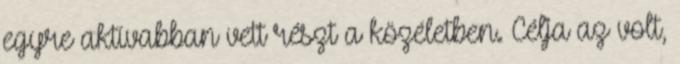
egyre aktívabban vett részt a közéletben. Célja az volt,